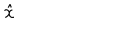
{ \hat { x } }